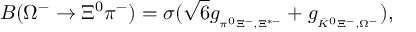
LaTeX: { \cal B } ( \Omega ^ { - } \to \Xi ^ { 0 } \pi ^ { - } ) = \sigma ( \sqrt { 6 } g _ { { } _ { \pi ^ { 0 } \Xi ^ { - } , \Xi ^ { * - } } } + g _ { { } _ { \bar { K } ^ { 0 } \Xi ^ { - } , \Omega ^ { - } } } ) ,